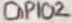
Text: GPIO2